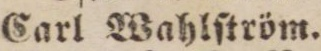
Carl Wahlſtröm.